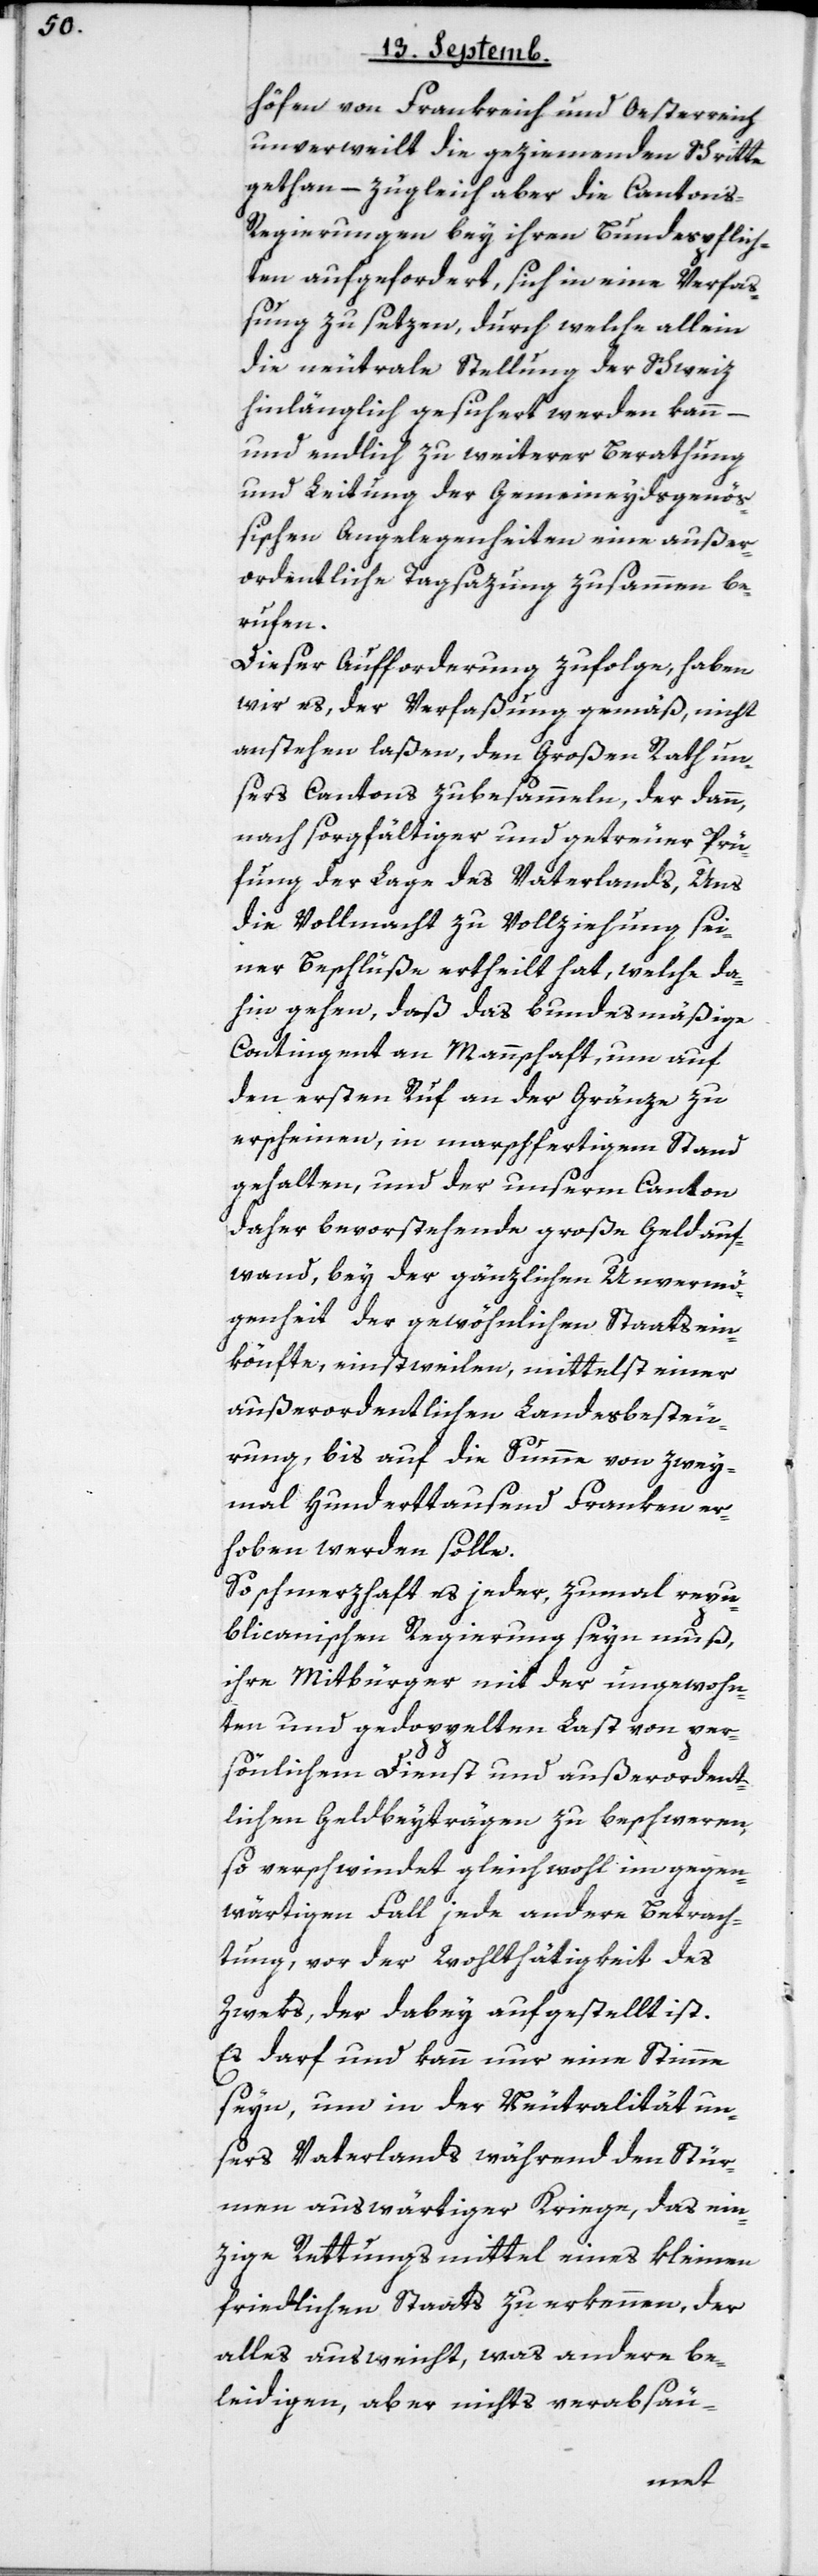
höfen von Frankreich und Oesterreich
unverweilt die geziemenden Schritte
gethan, – zugleich aber die Cantons-R¬
egierungen bey ihren Bundespflich¬
ten aufgefordert, sich in eine Verfa¬
ßung zu setzen, durch welche allein
die neutrale Stellung der Schweiz
hinlänglich gesichert werden kann,
und endlich zu weiterer Berathung
und Leitung der Gemeineydsgenöß¬
ischen Angelegenheiten eine außer¬
ordentliche Tagsatzung zusammenbe¬
rufen.
Dieser Aufforderung zufolge, haben
wir es, der Verfaßung gemäß, nicht
anstehen laßen, den großen Rath un¬
sers Cantons zu besammeln, der dann
nach sorgfältiger und getreuer Prü¬
fung der Lage des Vaterlands, Uns
die Vollmacht zu Vollziehung sei¬
ner Beschlüße ertheilt hat, welche da¬
hin gehen, daß das bundesmäßige
Contingent an Mannschaft, um auf
den ersten Ruf an der Gränze zu
erscheinen, in marschfertigem Stand
gehalten, und der unserm Canton
daher bevorstehende große Geldauf¬
wand, bey der gänzlichen Unvermö¬
genheit der gewöhnlichen Staatsein¬
könfte, einstweilen mittelst einer
außerordentlichen Landesbesteu¬
rung, bis auf die Summe von zwey¬
mal hunderttausend Franken er¬
hoben werden solle.
So schmerzhaft es jeder, zumahl repu¬
blicanischen Regierung seyn muß,
ihre Mitbürger mit der ungewohn¬
ten und gedoppelten Last von per¬
sönlichem Dienst und außerordent¬
lichen Geldbeyträgen zu beschweren,
so verschwindet gleichwohl im gegen¬
wärtigen Fall jede andere Betrach¬
tung, vor der Wohlthätigkeit des
Zweks, der dabey aufgestellt ist.
Es darf und kann nur eine Stimme
seyn, um in der Neutralität un¬
sers Vaterlands während den Stür¬
men auswärtiger Kriege, das ein¬
zige Rettungsmittel eines kleinen
friedlichen Staats zu erkennen, der
alles ausweicht, was andere be¬
leidigen, aber nichts verabsäu-